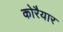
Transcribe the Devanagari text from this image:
कोरैयार